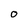
Character: O